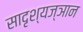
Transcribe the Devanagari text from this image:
सादृश्यज्ञान